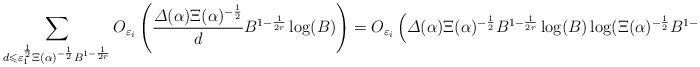
LaTeX: \begin{align*} \sum_{d\leqslant \varepsilon_{1}^\frac{1}{2} \Xi(\alpha )^{-\frac{1}{2}}B^{1-\frac{1}{2r}}}O_{\varepsilon_i}\left(\frac{\varDelta(\alpha)\Xi(\alpha)^{-\frac{1}{2}}}{d}B^{1-\frac{1}{2r}}\log (B)\right) =O_{\varepsilon_i}\left(\varDelta(\alpha)\Xi(\alpha)^{-\frac{1}{2}}B^{1-\frac{1}{2r}}\log (B)\log (\Xi(\alpha)^{-\frac{1}{2}}B^{1-\frac{1}{2r}})\right). \end{align*}